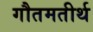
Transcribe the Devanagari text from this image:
गौतमतीर्थ